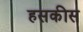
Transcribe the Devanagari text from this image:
हसकीस